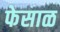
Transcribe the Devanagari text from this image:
फेसाळ